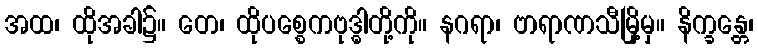
အထ၊ ထိုအခါ၌။ တေ၊ ထိုပစ္စေကဗုဒ္ဓါတို့ကို။ နဂရာ၊ ဗာရာဏသီမြို့မှ။ နိက္ခန္တေ၊